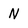
Character: N